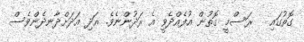
ގޮތުގައި   ރަސްމީ ގޮތުން އުފެއްދެވީ އެ ރަދުންނެވެ. އަދި އަދަށްދާނދެންވެސް